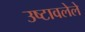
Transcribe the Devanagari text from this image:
उष्टावलेले